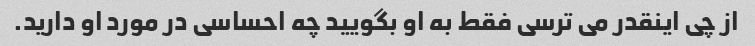
از چی اینقدر می ترسی فقط به او بگویید چه احساسی در مورد او دارید.